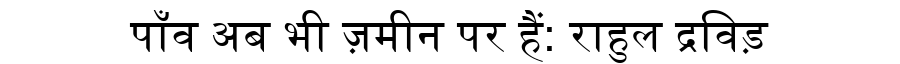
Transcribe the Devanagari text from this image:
पाँव अब भी ज़मीन पर हैं: राहुल द्रविड़